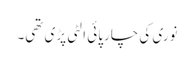
نوری کی چارپائی الٹی پڑی تھی۔